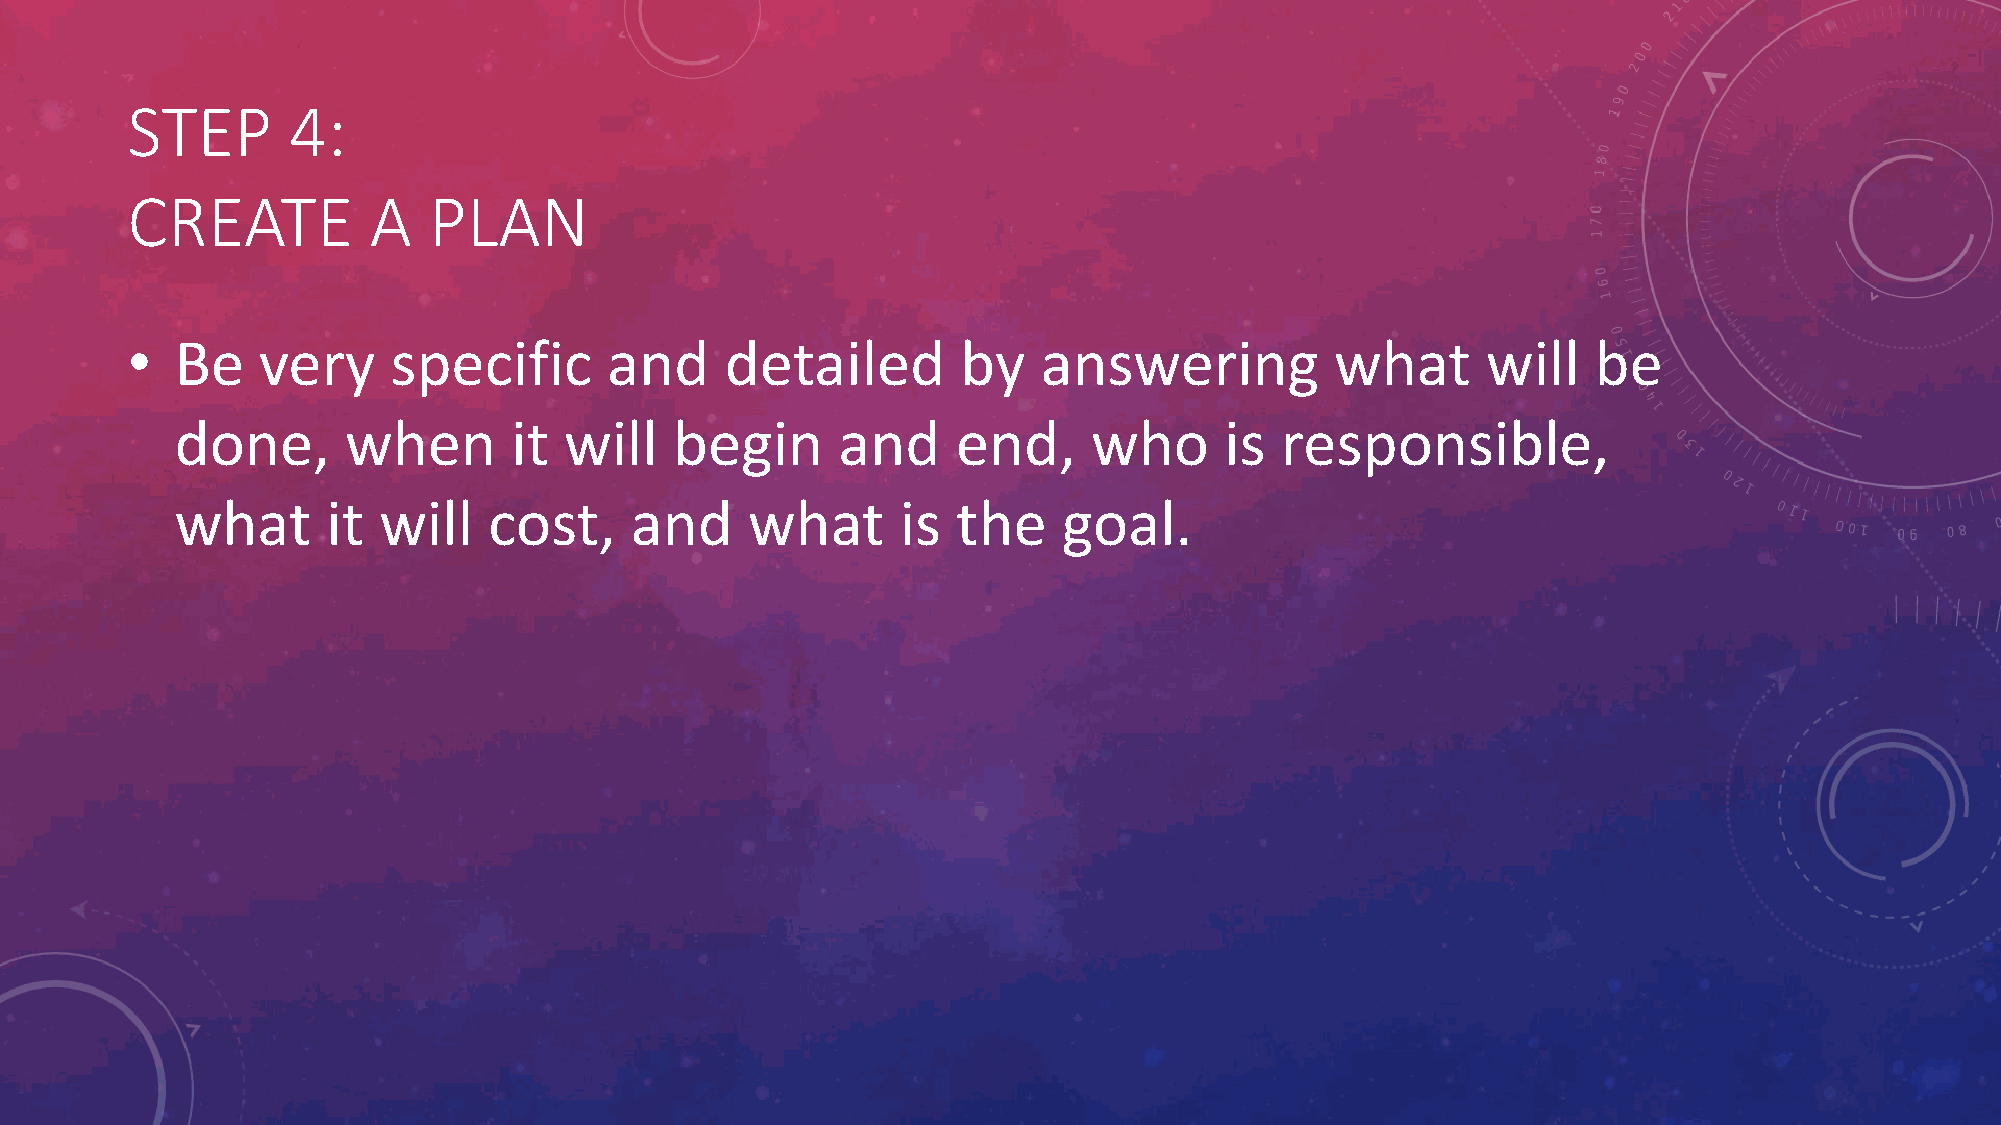
STEP       4:
 CREATE          A   PLAN
 •   Be   very     specific      and     detailed        by   answering          what      will    be
 done,      when       it will    begin     and     end,     who      is  responsible,
 what      it will   cost,     and    what       is the    goal.